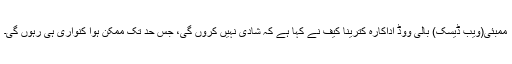
ممبئی(ویب ڈیسک) بالی ووڈ اداکارہ کترینا کیف نے کہا ہے کہ شادی نہیں کروں گی، جس حد تک ممکن ہوا کنواری ہی رہوں گی۔